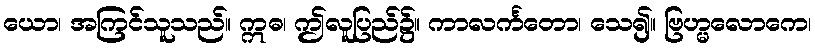
ယော၊ အကြင်သူသည်။ ဣဓ၊ ဤလူပြည်၌။ ကာလင်္ကတော၊ သေ၍။ ဗြဟ္မလောကေ၊